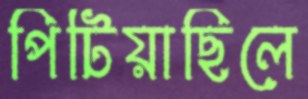
পিটিয়াছিলে